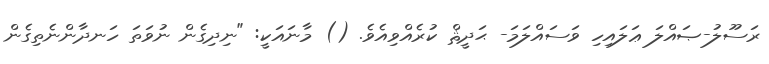
ރަސޫލު-ޞައްލަ ޢަލައިހި ވަސައްލަމަ- ޙަދީޘް ކުރެއްވިއެވެ. () މާނައަކީ: "ނިދިގެން ނުވަތަ ހަނދާންނެތިގެން